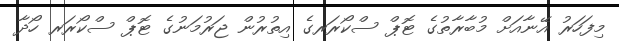
މިފަހަރު އޭނާއަށް މުބާރާތުގެ ޓޮޕް ސްކޯރަރގެ އިތުރުން ޖަރުމަނުގެ ޓޮޕް ސްކޯރަރ ހޯދާ